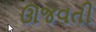
ઊજવતી